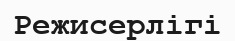
Режисерлігі